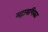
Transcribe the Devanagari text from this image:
महामणिक्य